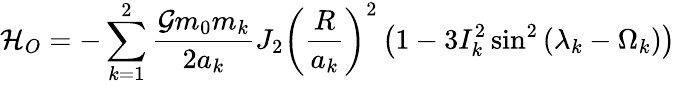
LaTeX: \mathcal{H}_{O}=-\sum_{k=1}^{2}\frac{\mathcal{G}m_{0}m_{k}}{2a_{k}}J_{2}\left(\frac{R}{a_{k}}\right)^{2}\left(1-3I_{k}^{2}\sin^{2}{(\lambda_{k}-\Omega_{k})}\right)